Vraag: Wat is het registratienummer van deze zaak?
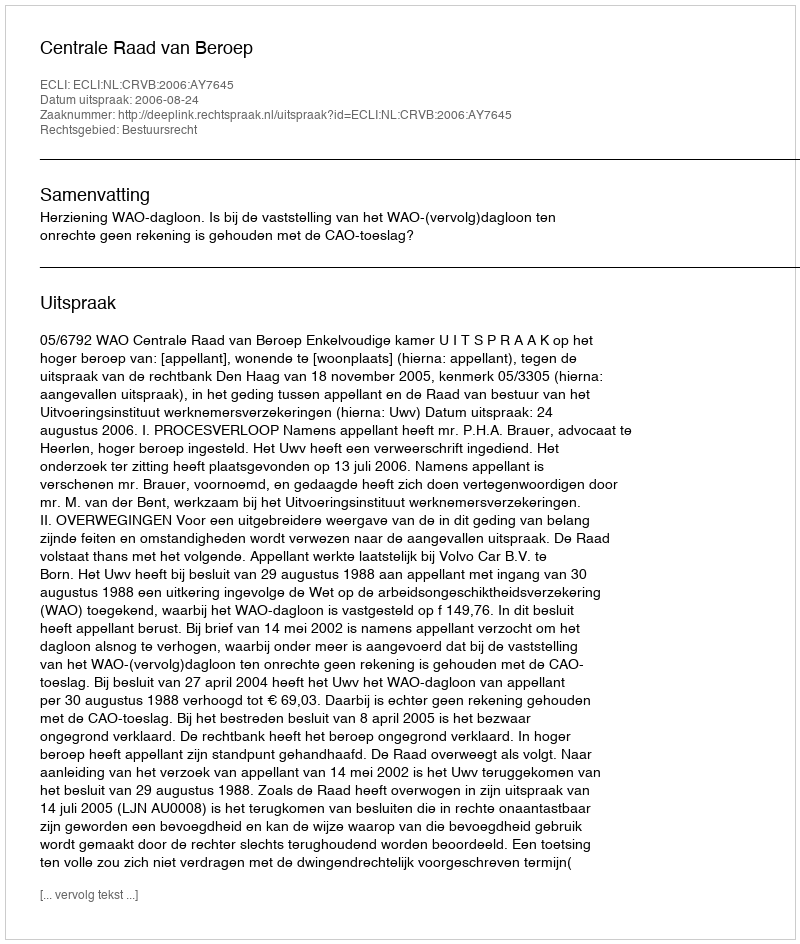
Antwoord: http://deeplink.rechtspraak.nl/uitspraak?id=ECLI:NL:CRVB:2006:AY7645